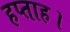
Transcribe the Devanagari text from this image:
हप्ताह।